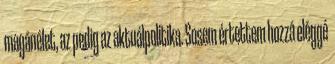
magánélet, az pedig az aktuálpolitika. Sosem értettem hozzá eléggé